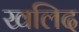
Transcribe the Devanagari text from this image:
खलिद